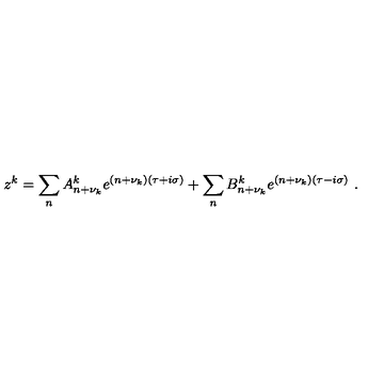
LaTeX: z ^ { k } = \sum _ { n } A _ { n + \nu _ { k } } ^ { k } e ^ { ( n + \nu _ { k } ) ( \tau + i \sigma ) } + \sum _ { n } B _ { n + \nu _ { k } } ^ { k } e ^ { ( n + \nu _ { k } ) ( \tau - i \sigma ) } \ .